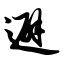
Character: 避